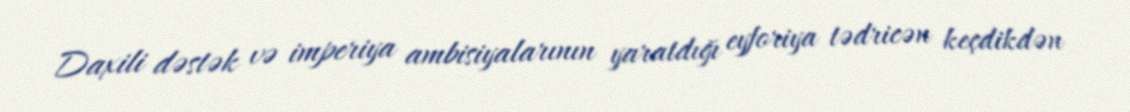
Daxili dəstək və imperiya ambisiyalarının yaratdığı eyforiya tədricən keçdikdən